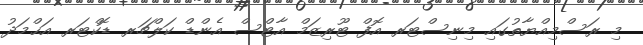
މި ރަސްމިއްޔާތުގައި މިނިސްޓަރ އޮފް ޓޫރިޒަމް އާޓްސް އެންޑް ކަލްޗަރ ޑޮކްޓަރ އަޙްމަދު